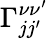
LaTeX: \Gamma_{jj^{\prime}}^{\nu\nu^{\prime}}